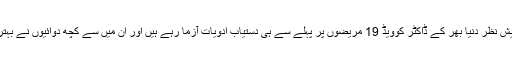
اسی صورتحال پیش نظر دنیا بھر کے ڈاکٹر کوویڈ 19 مریضوں پر پہلے سے ہی دستیاب ادویات آزما رہے ہیں اور ان میں سے کچھ دوائیوں نے بہتر نتائج دیئے ہیں۔